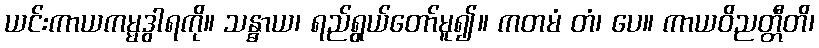
ယင်းကာယကမ္မဒွါရကို။ သန္ဓာယ၊ ရည်ရွယ်တော်မူ၍။ ကတမံ တံ၊ ပေ။ ကာယဝိညတ္တီတိ၊